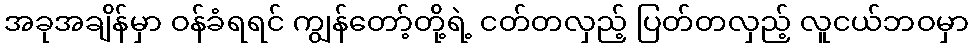
အခုအချိန်မှာ ဝန်ခံရရင် ကျွန်တော့်တို့ရဲ့ ငတ်တလှည့် ပြတ်တလှည့် လူငယ်ဘဝမှာ